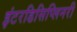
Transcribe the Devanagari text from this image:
इंटरडिसिप्लिनरी